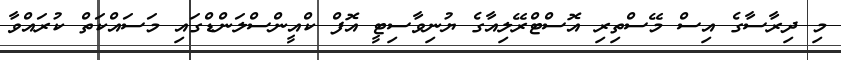
މި ދިރާސާގެ އިސް މޭސްތިރި އޮސްޓްރޭލިއާގެ ޔުނިވާސިޓީ އޮފް ކްއީންސްލަންޑްގައި މަސައްކަތް ކުރައްވާ